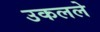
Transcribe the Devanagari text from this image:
उकलले